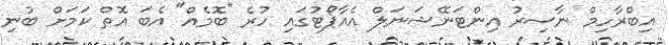
އިބްރާހިމް ނާސިރު އިންޓަނޭޝަނަލް އެއާޕޯޓުގައި ހުރެ "ބޮމެއް" އެބަ އޮތް ކަމަށް ބުނި